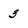
Character: 3